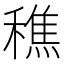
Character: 穛